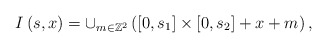
\begin{align*}I\left( s,x\right) =\cup_{m\in\mathbb{Z}^{2}}\left( \left[ 0,s_{1}\right] \times\left[ 0,s_{2}\right] +x+m\right),\end{align*}